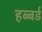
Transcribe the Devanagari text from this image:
हब्बर्ड